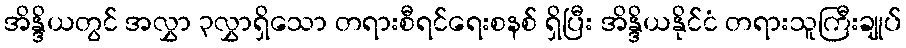
အိန္ဒိယတွင် အလွှာ ၃လွှာရှိသော တရားစီရင်ရေးစနစ် ရှိပြီး အိန္ဒိယနိုင်ငံ တရားသူကြီးချုပ်